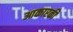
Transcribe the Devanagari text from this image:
आकारकी